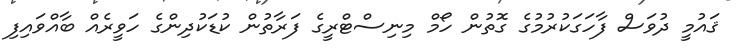
ޤައުމީ ދުވަސް ފާހަގަކުރުމުގެ ގޮތުން ހޯމް މިނިސްޓްރީގެ ފަރާތުން ކުޑަކުދިންގެ ހަވީރެއް ބާއްވައިފި